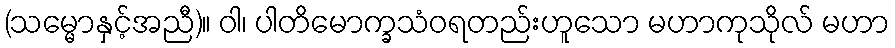
(သမ္မောနှင့်အညီ)။ ဝါ၊ ပါတိမောက္ခသံဝရတည်းဟူသော မဟာကုသိုလ် မဟာ